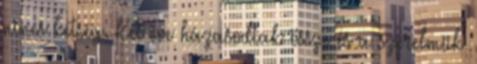
nincs kétség. Két éve házasodtak össze és a szerelmük